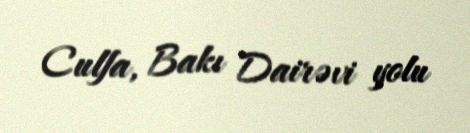
Culfa, Bakı Dairəvi yolu